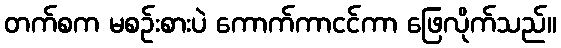
တက်စက မစဉ်းစားပဲ ကောက်ကာငင်ကာ ဖြေလိုက်သည်။